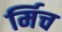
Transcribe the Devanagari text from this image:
र्मिच